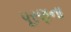
પૂરણના